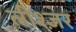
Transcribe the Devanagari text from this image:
लीश्ज़र